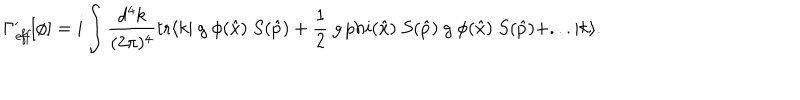
\Gamma _ { \mathit { e f f } } ^ { \prime } [ \phi ] = i \int \frac { d ^ { 4 } k } { ( 2 \pi ) ^ { 4 } } \mathrm { t r } \langle k | \ g \ \phi ( \hat { x } ) \ S ( \hat { p } ) + \frac { 1 } { 2 } \ g \, p h i ( \hat { x } ) \ S ( \hat { p } ) \ g \ \phi ( \hat { x } ) \ S ( \hat { p } ) + . . . | k \rangle .